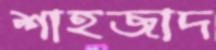
শাহজাদ